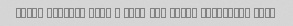
kabab binazir bood , juje ham narmo khoshmaze bood